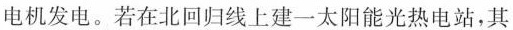
电机发电。若在北回归线上建一太阳能光热电站，其